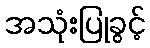
အသုံးပြုခွင့်